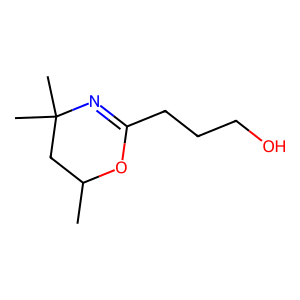
SMILES: CC1CC(C)(C)N=C(CCCO)O1
Inhibits HIV replication: No